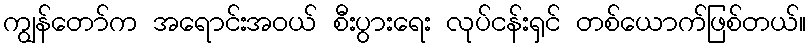
ကျွန်တော်က အရောင်းအဝယ် စီးပွားရေး လုပ်ငန်းရှင် တစ်ယောက်ဖြစ်တယ်။